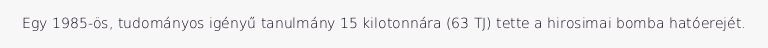
Egy 1985-ös, tudományos igényű tanulmány 15 kilotonnára (63 TJ) tette a hirosimai bomba hatóerejét.